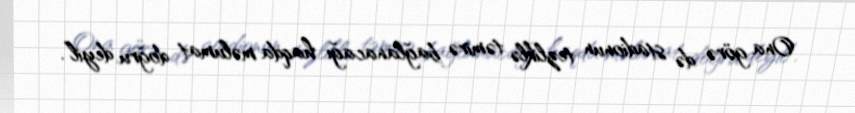
Ona görə də stadionun tezliklə təmirə bağlanacağı haqda məlumat doğru deyil”.